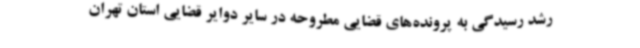
رشد رسیدگی به پرونده‌های قضایی مطروحه در سایر دوایر قضایی استان تهران